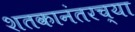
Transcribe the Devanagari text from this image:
शतकानंतरच्या